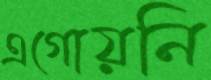
এগোয়নি